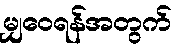
မျှဝေရန်အတွက်